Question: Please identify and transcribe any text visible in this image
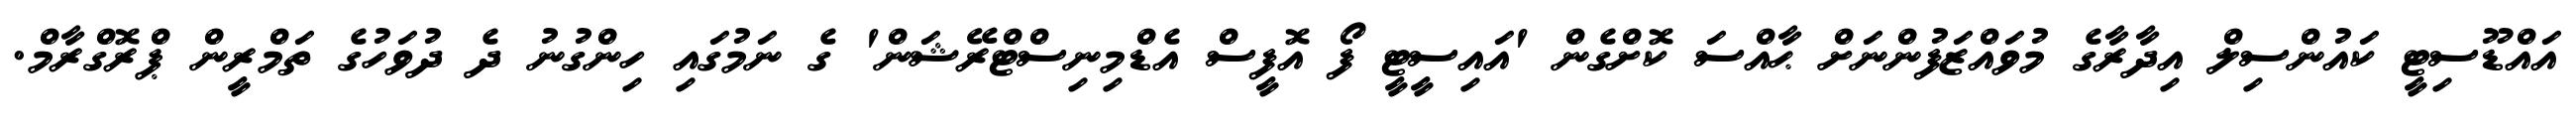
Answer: އައްޑޫސިޓީ ކައުންސިލް އިދާރާގެ މުވައްޒަފުންނަށް ޙާއްސަ ކޮށްގެން 'އައިސީޓީ ފޯ އޮފީސް އެޑްމިނިސްޓްރޭޝަން' ގެ ނަމުގައި ހިންގުނު ދެ ދުވަހުގެ ތަމްރީން ޕްރޮގްރާމް.